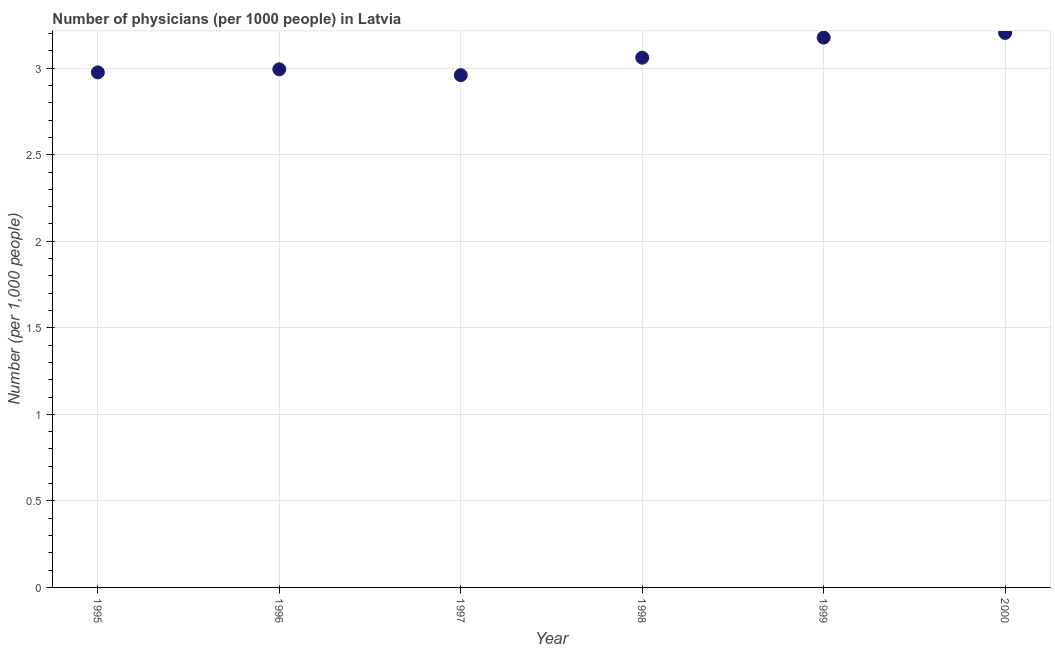
| Year | Physicians |
 | --- | --- |
 | 1995 | 2.98 |
 | 1996 | 2.99 |
 | 1997 | 2.96 |
 | 1998 | 3.06 |
 | 1999 | 3.18 |
 | 2000 | 3.2 |